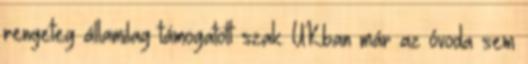
rengeteg államilag támogatott szak. UKban már az óvoda sem